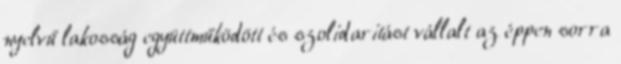
nyelvű lakosság együttműködött és szolidaritást vállalt az éppen sorra